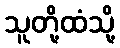
သူတို့ထံသို့